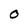
Character: O